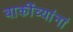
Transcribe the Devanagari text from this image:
बाकींच्यांनां